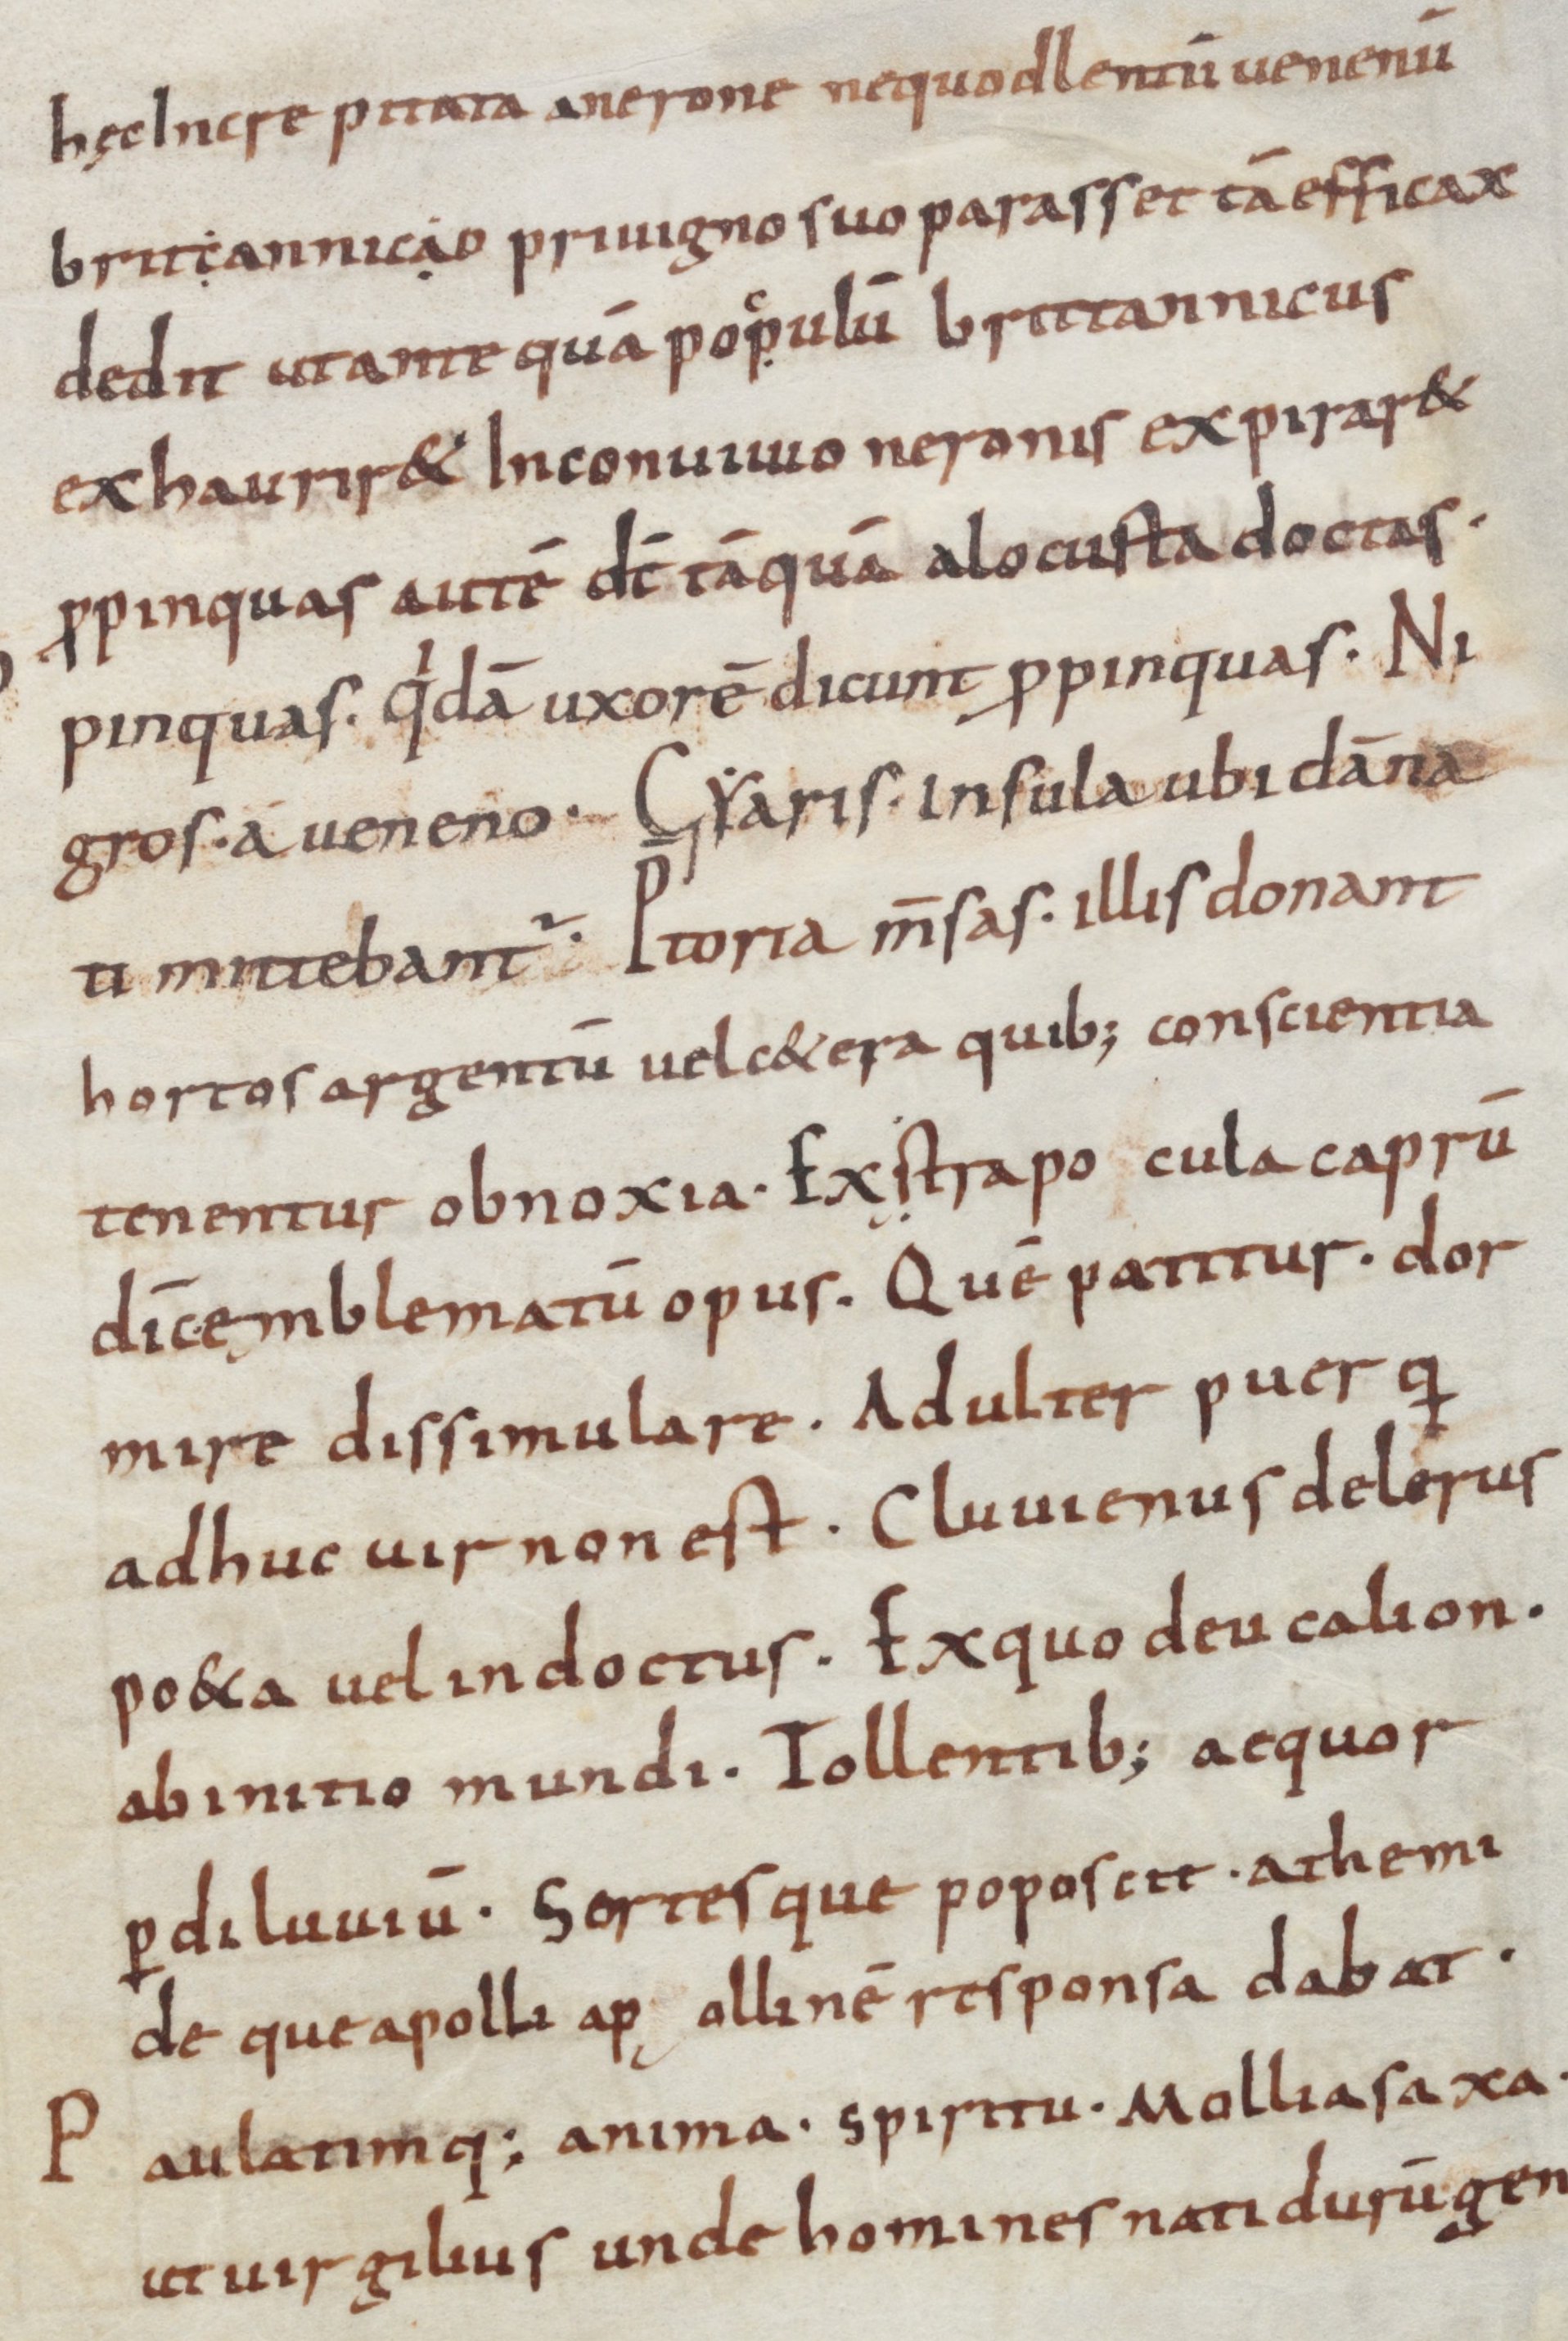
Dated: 800–899